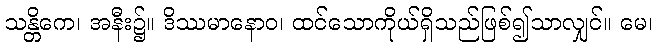
သန္တိကေ၊ အနီး၌။ ဒိဿမာနောဝ၊ ထင်သောကိုယ်ရှိသည်ဖြစ်၍သာလျှင်။ မေ၊